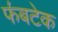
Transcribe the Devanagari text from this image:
फ॔बटेक